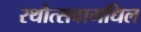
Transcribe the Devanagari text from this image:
रथोत्सवामधिल